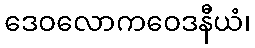
ဒေဝလောကဝေဒနီယံ၊